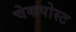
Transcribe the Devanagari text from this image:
चेकपोस्‍ट